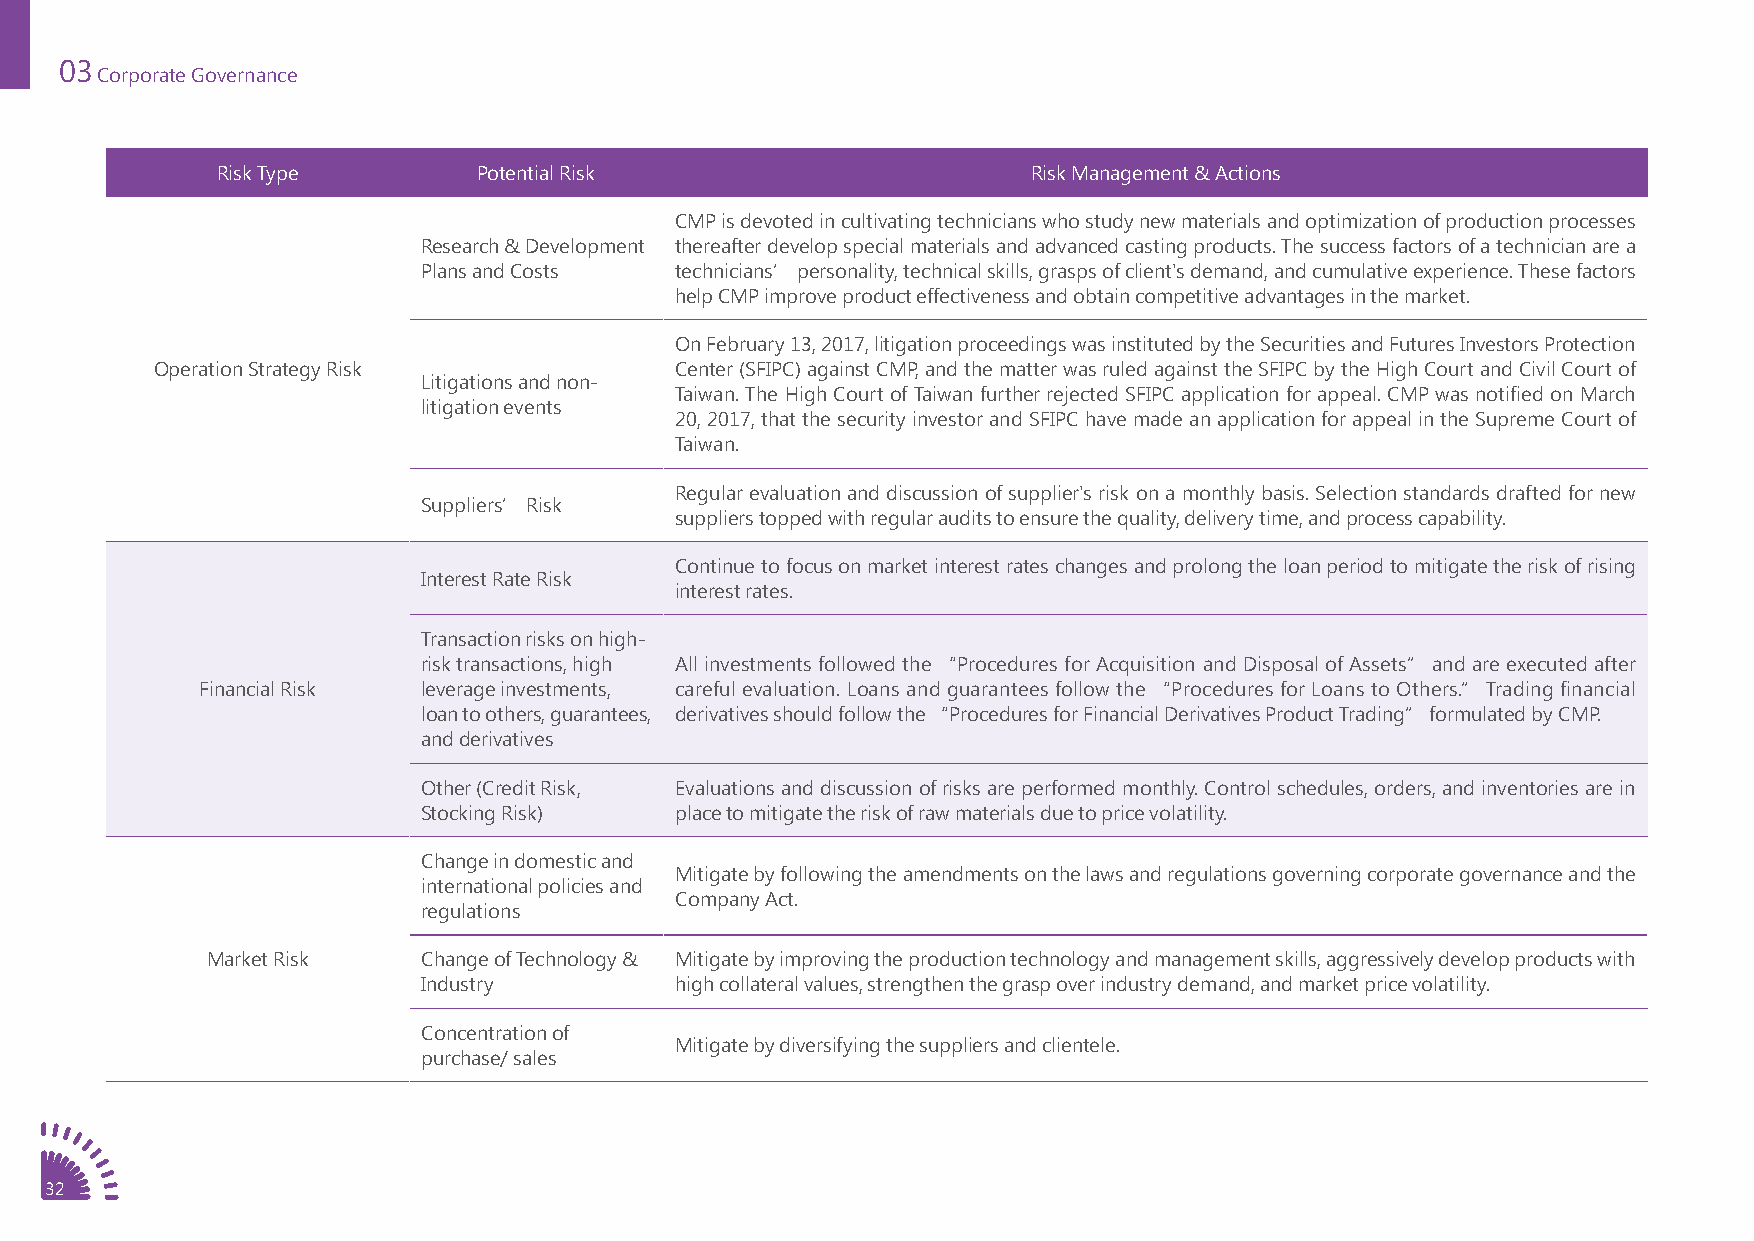
03
 Corporate Governance
 Risk Type         Potential Risk                      Risk Management & Actions
 CMP is devoted in cultivating technicians who study new materials and optimization of production processes
 Research & Development thereafter develop special materials and advanced casting products. The success factors of a technician are a
 Plans and Costs  technicians’ personality, technical skills, grasps of client's demand, and cumulative experience. These factors
 help CMP improve product effectiveness and obtain competitive advantages in the market.
 On February 13, 2017, litigation proceedings was instituted by the Securities and Futures Investors Protection
 Operation Strategy Risk            Center (SFIPC) against CMP, and the matter was ruled against the SFIPC by the High Court and Civil Court of
 Litigations and non-
 Taiwan. The High Court of Taiwan further rejected SFIPC application for appeal. CMP was notified on March
 litigation events
 20, 2017, that the security investor and SFIPC have made an application for appeal in the Supreme Court of
 Taiwan.
 Regular evaluation and discussion of supplier's risk on a monthly basis. Selection standards drafted for new
 Suppliers’ Risk
 suppliers topped with regular audits to ensure the quality, delivery time, and process capability.
 Continue to focus on market interest rates changes and prolong the loan period to mitigate the risk of rising
 Interest Rate Risk
 interest rates.
 Transaction risks on high-
 risk transactions, high All investments followed the “Procedures for Acquisition and Disposal of Assets” and are executed after
 Financial Risk leverage investments, careful evaluation. Loans and guarantees follow the “Procedures for Loans to Others.” Trading financial
 loan to others, guarantees, derivatives should follow the “Procedures for Financial Derivatives Product Trading” formulated by CMP.
 and derivatives
 Other (Credit Risk, Evaluations and discussion of risks are performed monthly. Control schedules, orders, and inventories are in
 Stocking Risk)   place to mitigate the risk of raw materials due to price volatility.
 Change in domestic and
 Mitigate by following the amendments on the laws and regulations governing corporate governance and the
 international policies and
 Company Act.
 regulations
 Market Risk   Change of Technology & Mitigate by improving the production technology and management skills, aggressively develop products with
 Industry         high collateral values, strengthen the grasp over industry demand, and market price volatility.
 Concentration of
 Mitigate by diversifying the suppliers and clientele.
 purchase/ sales
 32